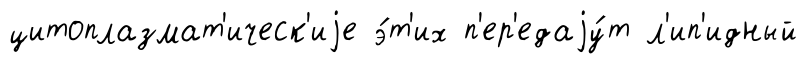
цитоплазмат'ическ'иjе э́т'их п'ер'едаjу́т л'ип'идный